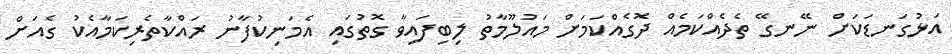
އަޅުގަނޑަކަށް ނޭނގޭ ތެދެއްކަމެއް ދޮގެއްކަމަށް މައުލޫމާތު ލިބިފައިވާ ގޮތުގައި އެމަނިކުފާނު ރައްކާތެރިކަމާއެކު ގެއަށް